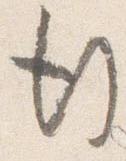
行